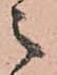
々